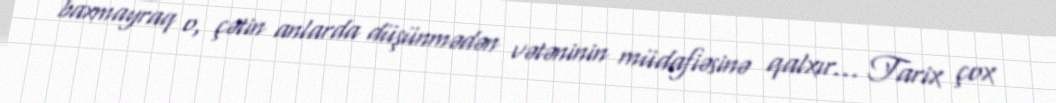
baxmayraq o, çətin anlarda düşünmədən vətəninin müdafiəsinə qalxır... Tarix çox